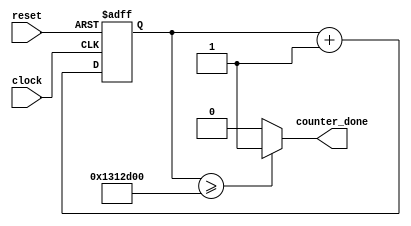
module debounce_counter(clock, counter_done, reset);
    input clock, reset;
    output counter_done;

    assign counter_done = (counter_reg >= 20000000) ? 1'b1 : 1'b0;

    reg [25:0] counter_reg = 0;

    always @(posedge clock or posedge reset) begin
        if (reset) begin
            counter_reg <= 0;
        end else begin
            counter_reg <= counter_reg + 1;
        end
    end

endmodule